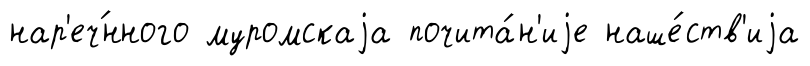
нар'еч́нного муромскаjа почита́н'иjе наше́ств'иjа